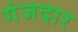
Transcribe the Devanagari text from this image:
गंजदार